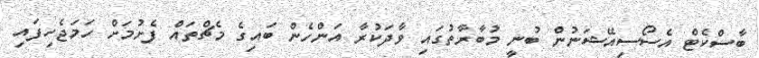
ބާސްކެޓް އެސޯސިއޭޝަނުން ބުނީ މުބާރާތުގައި ވާދަކުރާ އަންހެން ބައިގެ މެޗްތައް ފެށުމަށް ހަމަޖެހިފައި